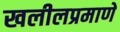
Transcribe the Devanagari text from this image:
खलीलप्रमाणे